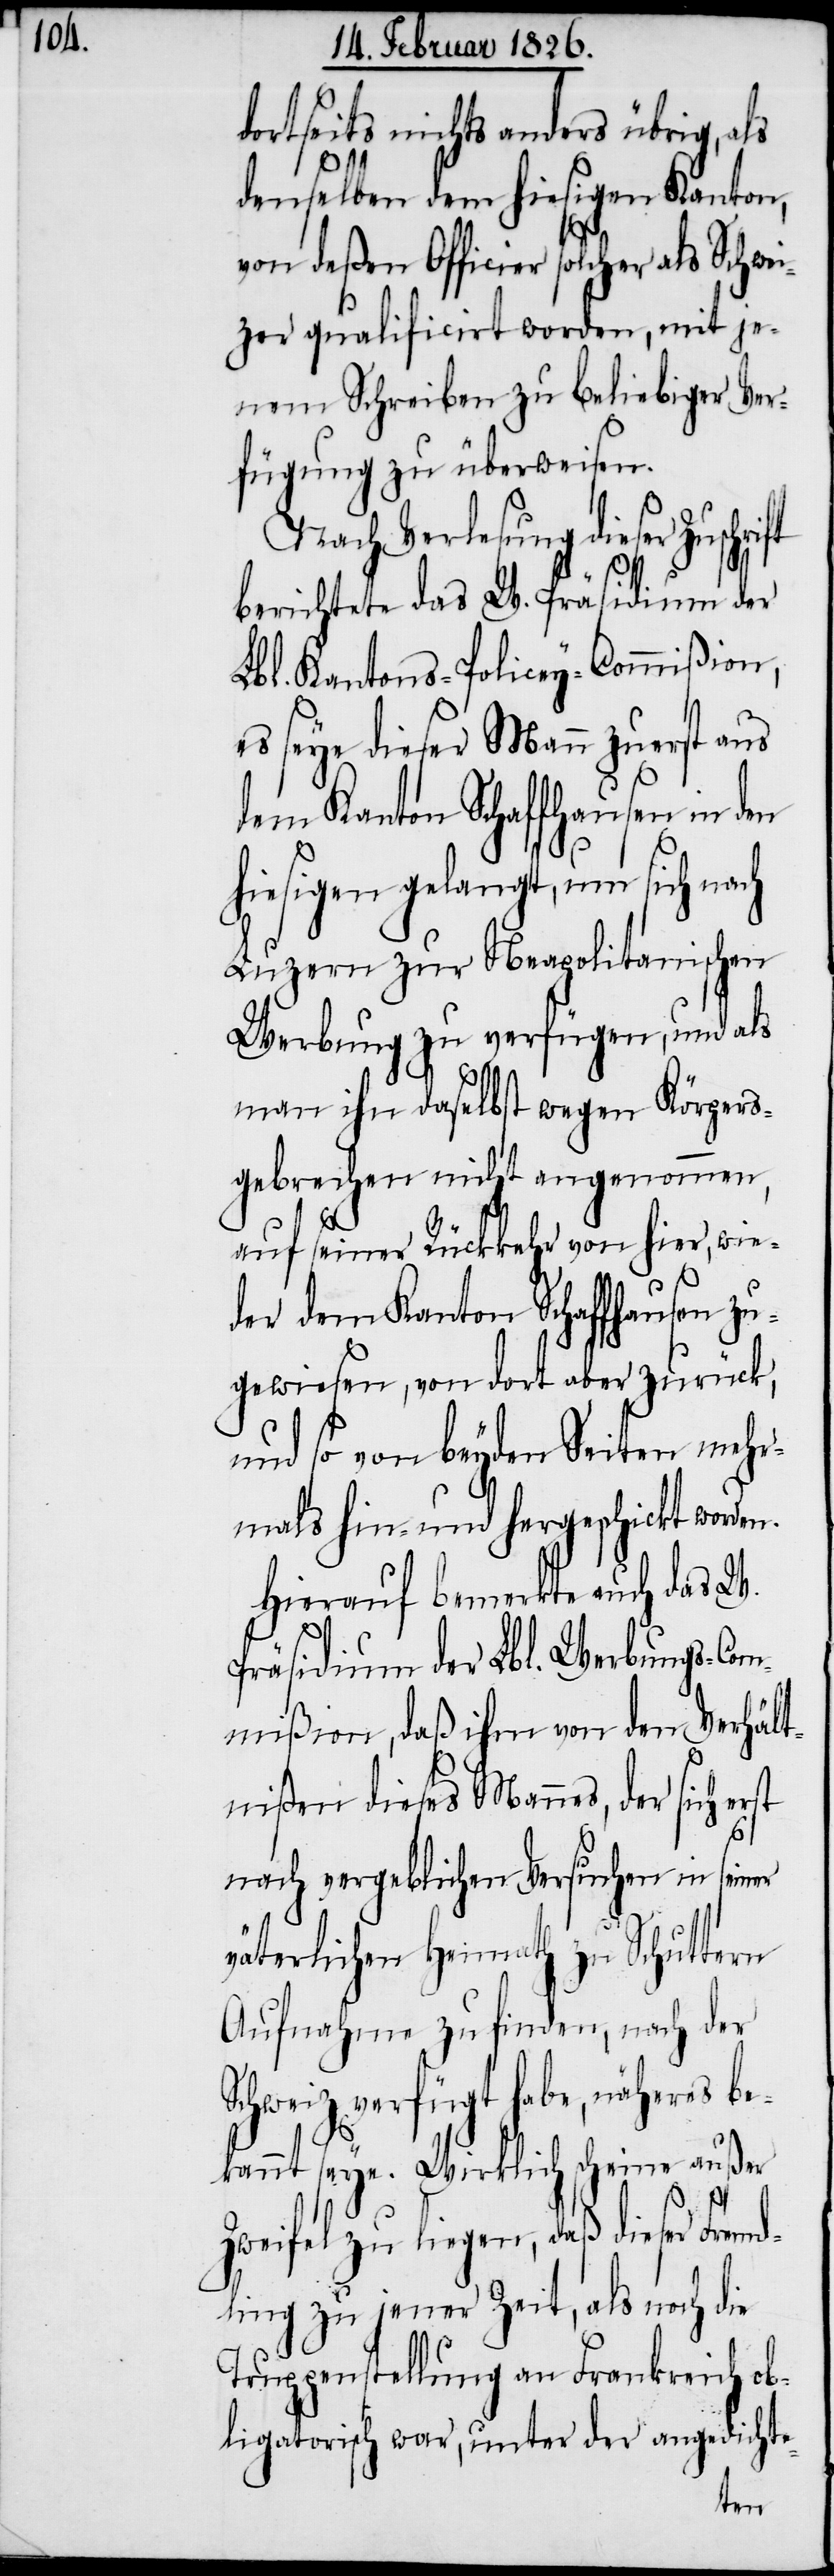
dortseits nichts anders übrig, als
denselben dem hiesigen Kanton,
von deßen Officier solcher als Schwe¬
izer qualificirt worden, mit je¬
nem Schreiben zu beliebiger Ver¬
fügung zu überweisen.
Nach Verlesung dieser
berichtete das W. Präsidium der
Lbl. Kantons-Policey-Commißion,
es seye dieser Mann zuerst aus
dem Kanton Schaffhausen in den
hiesigen gelangt, um sich nach
Luzern zur Neapolitanischen
Werbung zu verfügen, und als
man ihn daselbst wegen Körpers¬
gebrechen nicht angenommen,
auf seiner Rückkehr von hier, wie¬
der dem Kanton Schaffhausen zu¬
gewiesen, von dort aber zurück,
und so von beyden Seiten mehr¬
mals hin-und hergeschickt worden.
Hierauf bemerkte auch das W.
Präsidium der Lbl. Werbungs-Com¬
mißion, daß ihm von den Verhält¬
nißen dieses Mannes, der sich
nach vergeblichen Versuchen in seiner
väterlichen Heimath zu Schuttern
Aufnahme zu finden, nach der
Schweiz verfügt habe, näheres be¬
kannt seye. Wirklich scheine außer
Zweifel zu liegen, daß dieser Fremd¬
ling zu jener Zeit, als noch die
Truppenstellung an Frankreich ob¬
ligatorisch war, unter der angedichte-